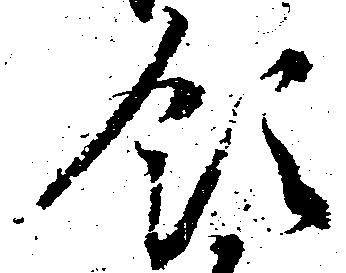
領